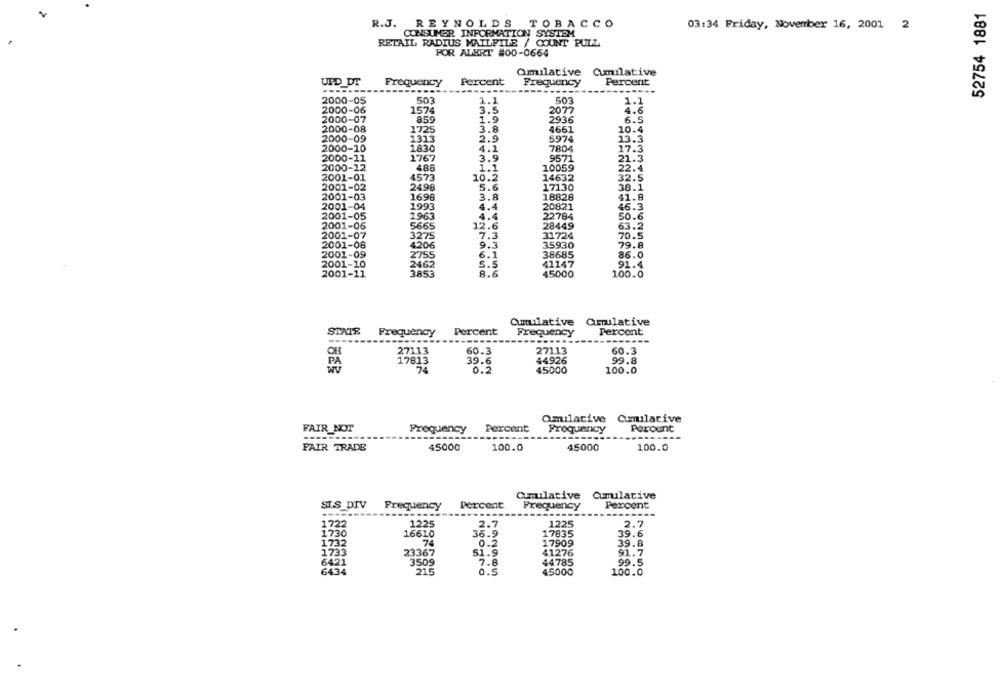
52754 1881
R.J. REYNOLDS TOBACCO
03:34 Friday, November 16, 2001 2
CONSUMER INFORMATION SYSTEM
RETAIL RADIUS MAILFILE / COUNT PULL
POR ALERT #00-0664
Qmulative Cumulative
UPD DT
Frequency
Percent
Frequency
Percent
-----
-------
2000-05
503
1.1
50
1.1
2000-06
1574
3.5
2077
4.6
2000-07
859
1.9
2936
6.5
2000-08
1725
3.8
4661
10.4
2000-09
1313
2.9
5974
13.3
2000-10
1830
4.1
AMHONSO
7804
17.3
2000-11
1767
3.9
9571
21.3
2000-12
488
10059
1.1
22.4
2001-01
4573
10.2
14632
32.5
2001-02
2498
5.6
17130
38.1
2001-03
1698
3.8
18828
41.8
2001-04
1993
4.4
20821
46.3
2001-05
1963
4.4
22784
50.6
2001-06
5665
12.6
28449
63.2
2001-07
3275
7.3
31724
70.5
2001-08
4206
9.3
35930
79.8
2001-09
2755
6.1
38685
86.0
2001-10
2462
41147
91.4
3A53
S.5
8.6
2001-11
45000
100.0
Cumulative Cumulative
STATE
Frequency
Percent
Frequency
Percent
----
27113
60.3
27113
60.3
17813
39.6
44926
99.8
74
0.2
45000
100.0
amilative Cumulative
FAIR NOT
Frequency
Percent
Frequency
Peroent
45000
FAIR TRADE
45000
100.0
100.0
Cumulative
Cumulative
SIS_DIV
Frequency
Percent
Frequency
Percent
1722
1225
2.7
1225
2.7
1730
16610
36.9
17835
39.6
1732
74
0.2
17909
39.8
1733
23367
51.9
41276
91.7
3509
7.8
44785
99.5
215
0.5
45000
100.0